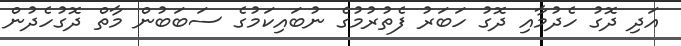
އަދި ދޮގު ހެދުމާއި ދޮގު ހަބަރު ފެތުރުމުގެ ނުބައިކަމުގެ ސަބަބުން މާތް ދޮގުހެދުން